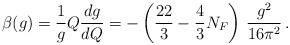
\begin{align*}\beta(g) = \frac{1}{g} Q \frac{dg}{dQ} = -\left( \frac{22}{3} - \frac{4}{3} N_F \right)\, \frac{g^2}{16\pi^2}\, . \end{align*}